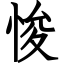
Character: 悛